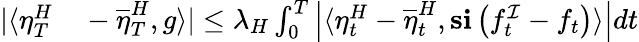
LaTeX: \begin{array}{rl}{|\langle\eta_{T}^{H}}&{{}-\overline{{\eta}}_{T}^{H},g\rangle|\leq\lambda_{H}\int_{0}^{T}\left|\langle\eta_{t}^{H}-\overline{{\eta}}_{t}^{H},\mathbf{s}\mathbf{i}\left(f_{t}^{\mathcal{I}}-f_{t}\right)\rangle\right|dt}\end{array}